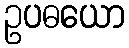
ဥပဓယော